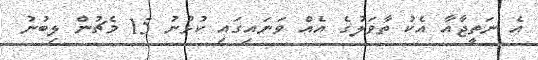
އެ ނަތީޖާއާ އެކު ތާވަލުގެ އެއް ވަނައިގައި ކުޅުނު 15 މެޗުން ލިބުނު